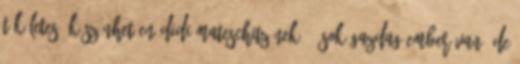
tökéletes, köszönhetően Didi Mateschitz-nek". "Sok gazdag ember van, de